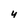
Character: Y